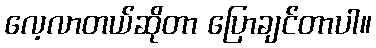
လေ့လာတယ်ဆိုတာ ပြောချင်တာပါ။